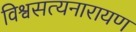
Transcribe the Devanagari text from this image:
विश्वसत्यनारायण